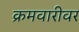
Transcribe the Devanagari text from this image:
क्रमवारीवर